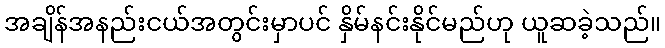
အချိန်အနည်းငယ်အတွင်းမှာပင် နှိမ်နင်းနိုင်မည်ဟု ယူဆခဲ့သည်။